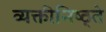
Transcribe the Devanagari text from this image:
व्यक्तीनिष्ठ्ते